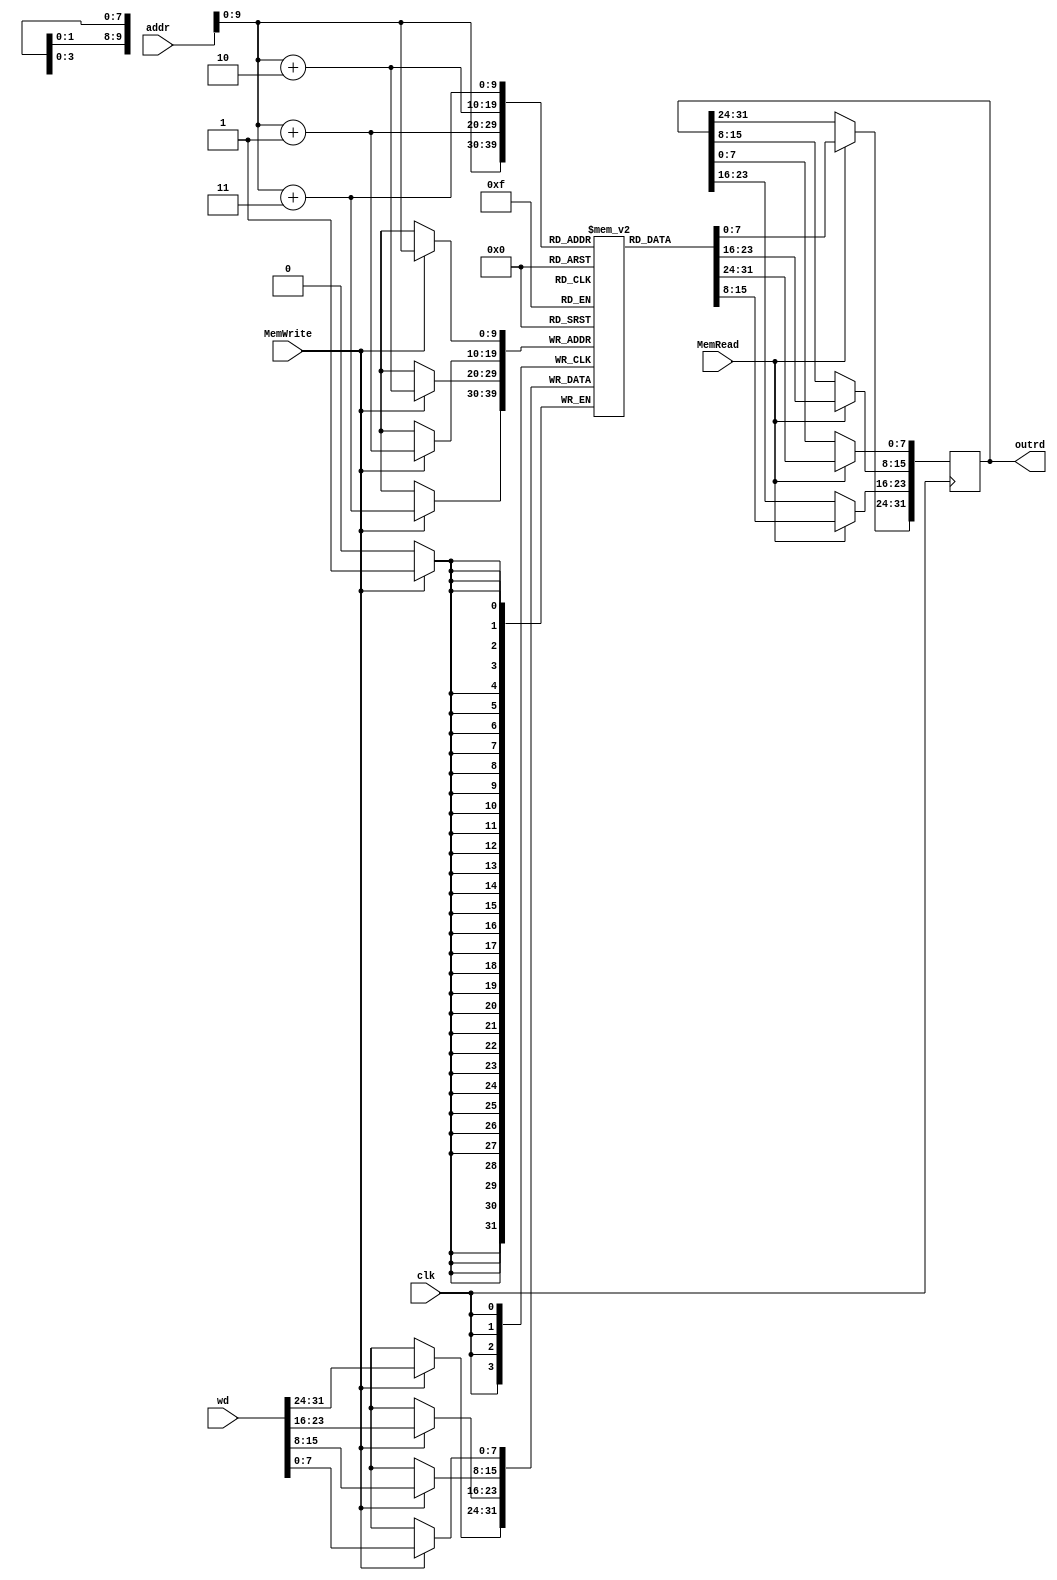
module Memory (
    clk,
    MemRead,
    MemWrite,
    wd,
    addr,
    outrd
);
    input clk, MemRead, MemWrite;
    input [31:0] addr, wd;
    output [31:0] outrd;
    reg [31:0] rd;

    assign outrd = rd;
    // Memory size: 1KB.
    reg [7:0] mem_array[0:1023];

    always @(posedge clk) begin
        if (MemRead == 1'b1) begin
            //rd[31:0] <= {mem_array[addr+3], mem_array[addr+2], mem_array[addr+1], mem_array[addr]};
            rd[7:0]   = mem_array[addr];
            rd[15:8]  = mem_array[addr+1];
            rd[23:16] = mem_array[addr+2];
            rd[31:24] = mem_array[addr+3];

            $display("%d, reading data: Mem[%d] => %d", $time, addr, rd);
        end
    end

    always @(posedge clk) begin
        if (MemWrite == 1'b1) begin
            $display("%d, writing data: Mem[%d] <= %d", $time, addr, wd);
            {mem_array[addr+3], mem_array[addr+2], mem_array[addr+1], mem_array[addr]} <= wd;
        end
    end


endmodule